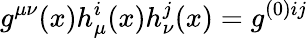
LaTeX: g^{\mu\nu}(x)h_{\mu}^{i}(x)h_{\nu}^{j}(x)=g^{(0)ij}